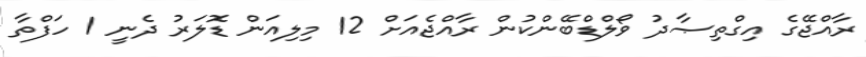
ރާއްޖޭގެ އިގްތިޞާދު ވޯލްޑްބޭންކުން ރާއްޖެއަށް 12 މިލިއަން ޑޮލަރު ދެނީ 1 ހަފްތާ